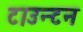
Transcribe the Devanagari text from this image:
टाउन्टन